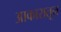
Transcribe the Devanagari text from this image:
आकारातून